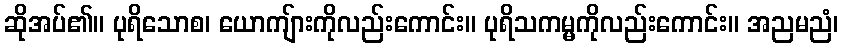
ဆိုအပ်၏။ ပုရိသောစ၊ ယောကျ်ားကိုလည်းကောင်း။ ပုရိသကမ္မကိုလည်းကောင်း။ အညမညံ၊